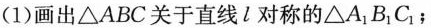
(1)画出△ABC关于直线l对称的$$△ A_{1} B_{1} C_{1}$$﹔